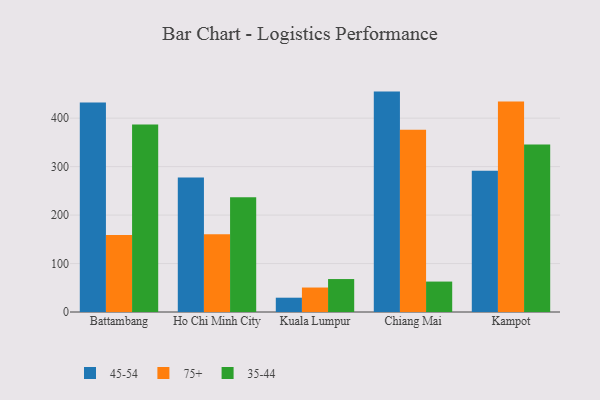
{"axis": {"x": "City", "y": "Population (Million)"}, "legend": ["35-44", "45-54", "75+"], "data": [{"x": "Battambang", "y": 432.3, "type": "45-54"}, {"x": "Battambang", "y": 159.1, "type": "75+"}, {"x": "Battambang", "y": 386.9, "type": "35-44"}, {"x": "Ho Chi Minh City", "y": 277.8, "type": "45-54"}, {"x": "Ho Chi Minh City", "y": 160.4, "type": "75+"}, {"x": "Ho Chi Minh City", "y": 236.9, "type": "35-44"}, {"x": "Kuala Lumpur", "y": 29.5, "type": "45-54"}, {"x": "Kuala Lumpur", "y": 50.5, "type": "75+"}, {"x": "Kuala Lumpur", "y": 68.0, "type": "35-44"}, {"x": "Chiang Mai", "y": 454.8, "type": "45-54"}, {"x": "Chiang Mai", "y": 376.1, "type": "75+"}, {"x": "Chiang Mai", "y": 62.8, "type": "35-44"}, {"x": "Kampot", "y": 291.4, "type": "45-54"}, {"x": "Kampot", "y": 434.3, "type": "75+"}, {"x": "Kampot", "y": 345.5, "type": "35-44"}]}